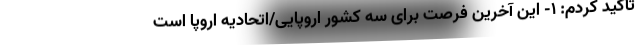
تأکید کردم: ۱- این آخرین فرصت برای سه کشور اروپایی/اتحادیه اروپا است